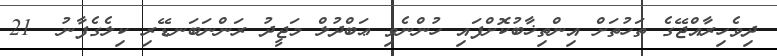
ދިވެހިރާއްޖޭގެ ތަހުތަށް އިންތިޚާބުކޮށްފައި ހުންނެވި ޢަބްދުލް މަޖީދު ރަންނަބަނޑޭރި ކިލެގެފާނު  21